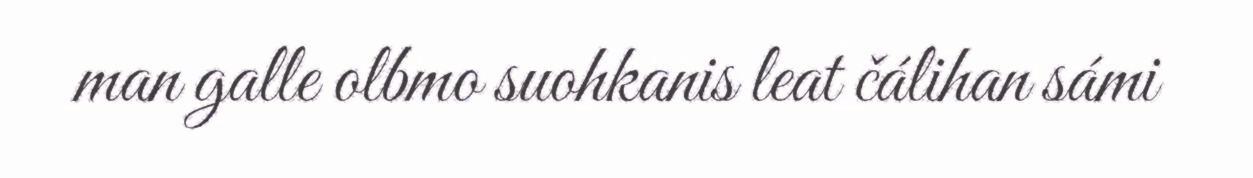
man galle olbmo suohkanis leat čálihan sámi